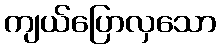
ကျယ်ပြောလှသော